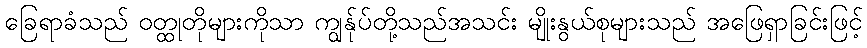
ခြေရာခံသည် ဝတ္ထုတိုများကိုသာ ကျွန်ုပ်တို့သည်အသင်း မျိုးနွယ်စုများသည် အဖြေရှာခြင်းဖြင့်